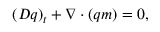
( D q ) _ { t } + \nabla \cdot ( q m ) = 0 ,